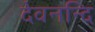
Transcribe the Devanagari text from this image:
देवनन्दि